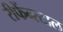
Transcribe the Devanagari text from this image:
रीफेंन्स्टाल